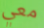
معي